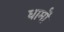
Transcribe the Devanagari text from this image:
धामॊं